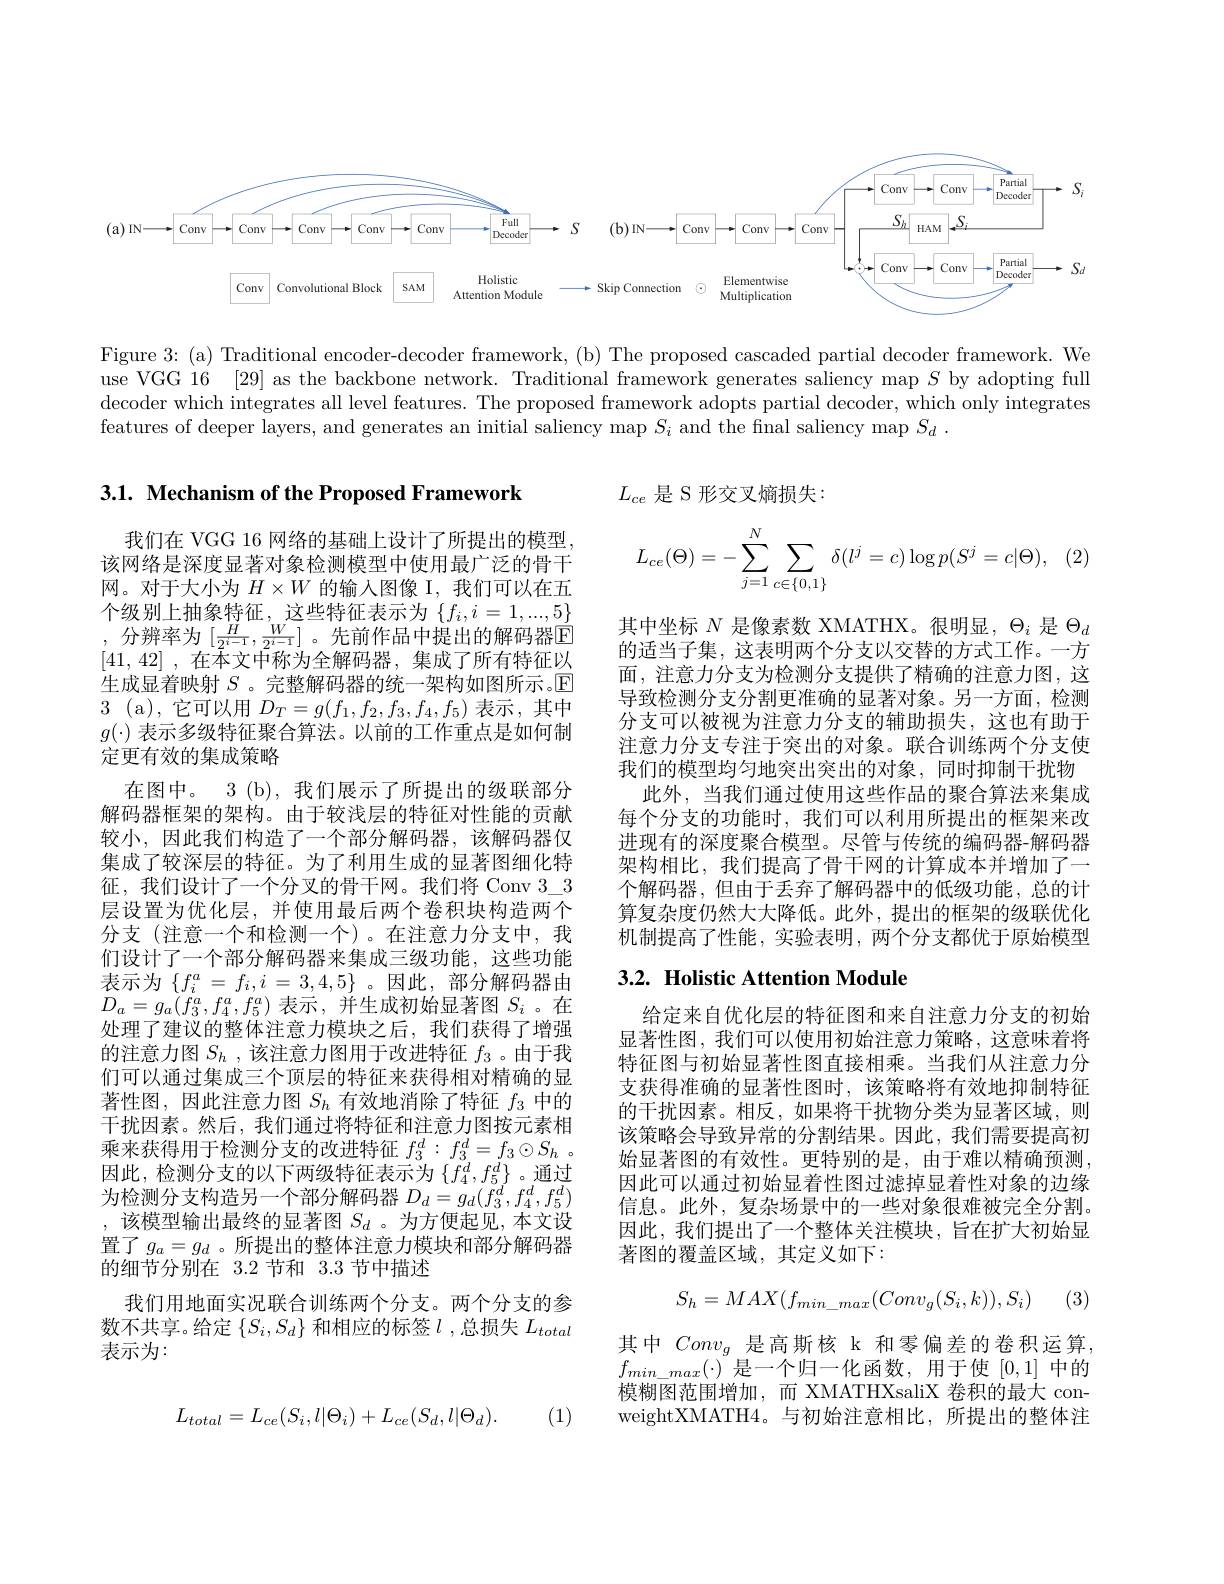
<FigureHere>

Figure 3: (a) Traditional encoder-decoder framework, (b) The proposed cascaded partial decoder framework. We use VGG 16 [29] as the backbone network. Traditional framework generates saliency map $S$ by adopting full decoder which integrates all level features. The proposed framework adopts partial decoder, which only integrates features of deeper layers, and generates an initial saliency map $S_i$ and the final saliency map $S_d.$

3.1. Mechanism of the Proposed Framework

$L_{ce}$是 S 形交叉熵损失：
$$L_{ce}(\Theta)=-\sum_{j=1}^N\sum_{c\in\{0,1\}}\delta(l^j=c)\log p(S^j=c|\Theta),$$
其中坐标$N$是像素数 XMATHX。很明显，$\Theta_i$是$\Theta_d$ 的适当子集，这表明两个分支以交替的方式工作。一方面，注意力分支为检测分支提供了精确的注意力图，这导致检测分支分割更准确的显著对象。另一方面，检测分支可以被视为注意力分支的辅助损失，这也有助于注意力分支专注于突出的对象。联合训练两个分支使我们的模型均匀地突出突出的对象，同时抑制干扰物
此外，当我们通过使用这些作品的聚合算法来集成每个分支的功能时，我们可以利用所提出的框架来改进现有的深度聚合模型。尽管与传统的编码器-解码器架构相比，我们提高了骨干网的计算成本并增加了一个解码器，但由于丢弃了解码器中的低级功能，总的计算复杂度仍然大大降低。此外，提出的框架的级联优化机制提高了性能，实验表明，两个分支都优于原始模型

我们在 VGG 16 网络的基础上设计了所提出的模型。该网络是深度显著对象检测模型中使用最广泛的骨干网。对于大小为$H\times W$的输入图像 I,我们可以在五个级别上抽象特征，这些特征表示为$\{f_i,i=1,...,\underline{5}\}$ , 分辨率为 $[\frac H{2^{i-1}},\frac W{2^{i-1}}]$ 。先前作品中提出的解码器$\overline{\mathrm{E}}$ [41,42] , $\bar{\text{在 本 文 中 称 为 全 解 码 器 , 集 成 了 所 有 特 征 以 }}$ 生成显着映射$S$ 。完整解码器的统一架构如图所示。$\mathbb{E}$ 3(a),它可以用$D_T=g(f_1,f_2,f_3,f_4,f_5)$表示，其中$g(\cdot)$表示多级特征聚合算法。以前的工作重点是如何制定更有效的集成策略
在图中。3 (b), 我们展示了所提出的级联部分解码器框架的架构。由于较浅层的特征对性能的贡献较小，因此我们构造了一个部分解码器，该解码器仅集成了较深层的特征。为了利用生成的显著图细化特征，我们设计了一个分叉的骨干网。我们将 Conv $3\_3$ 层设置为优化层，并使用最后两个卷积块构造两个分支(注意一个和检测一个)。在注意力分支中，我们设计了一个部分解码器来集成三级功能，这些功能表示为$\{f_i^a=f_i,i=3,4,5\}$。因此，部分解码器由$D_{a}=g_{a}(f_{3}^{a},f_{4}^{a},f_{5}^{a})$表示 , 并生成初始显著图$S_i$ 。在处理了建议的整体注意力模块之后，我们获得了增强的注意力图$S_h$ ,该注意力图用于改进特征$f_{3}$ 。由于我们可以通过集成三个顶层的特征来获得相对精确的显著性图，因此注意力图$S_h$有效地消除了特征$f_3$中的干扰因素。然后，我们通过将特征和注意力图按元素相乘来获得用于检测分支的改进特征$f_3^d: f_3^d= f_3\odot S_h$ . 因此，检测分支的以下两级特征表示为$\{f_4^d,f_5^d\}$。通过为检测分支构造另一个部分解码器$D_d=g_d(f_3^d,f_4^d,f_5^d)$ ,该模型输出最终的显著图$S_d$ 。为方便起见，本文设置了$g_a=g_d$ 。所提出的整体注意力模块和部分解码器的细节分别在 3.2 节和 3.3 节中描述
我们用地面实况联合训练两个分支。两个分支的参数不共享。给定$\{S_i,S_d\}$和相应的标签$l$ ,总损失$L_total$ 表示为：

## 3.2. Holistic Attention Module

给定来自优化层的特征图和来自注意力分支的初始显著性图，我们可以使用初始注意力策略，这意味着将特征图与初始显著性图直接相乘。当我们从注意力分支获得准确的显著性图时，该策略将有效地抑制特征的干扰因素。相反，如果将干扰物分类为显著区域，则该策略会导致异常的分割结果。因此，我们需要提高初始显著图的有效性。更特别的是，由于难以精确预测， 因此可以通过初始显着性图过滤掉显着性对象的边缘信息。此外，复杂场景中的一些对象很难被完全分割。因此，我们提出了一个整体关注模块，旨在扩大初始显著图的覆盖区域，其定义如下：
$$S_h=MAX(f_{min_max}(Conv_g(S_i,k)),S_i)$$
(3)

其中$Conv_g$是高斯核 k 和零偏差的卷积运算， $f_{min\_max}(\cdot)$是一个归一化函数，用于使[0,1]中的模糊图范围增加，而 XMATHXsaliX 卷积的最大 conweightXMATH4。与初始注意相比，所提出的整体注
$$L_{total}=L_{ce}(S_i,l|\Theta_i)+L_{ce}(S_d,l|\Theta_d).$$
. (1)